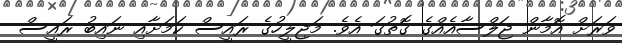
ވަރަށް އޮމާން ޖަލްސާއެއްގެ ގޮތުގަ އެވެ. މަޖިލީހުގެ ރައީސް ކަމަށާއި ނައިބު ރައީސް